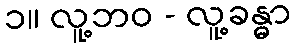
၁။ လူ့ဘဝ - လူ့ခန္ဓာ